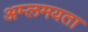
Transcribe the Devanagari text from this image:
अम्लमयता